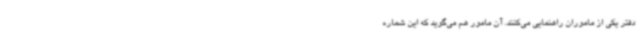
دفتر یکی از ماموران راهنمایی می‌کنند. آن مامور هم می‌گوید که این شماره